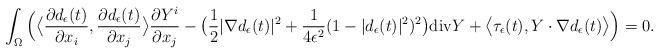
LaTeX: \begin{align*}\int_\Omega \Big(\big\langle \frac{\partial d_\epsilon(t)}{\partial x_i},\frac{\partial d_\epsilon(t)}{\partial x_j}\big\rangle \frac{\partial Y^i}{\partial x_j}-\big(\frac12|\nabla d_\epsilon(t)|^2+\frac{1}{4\epsilon^2}(1-|d_\epsilon(t)|^2)^2\big){\rm{div}}Y+\big\langle \tau_\epsilon(t), Y\cdot\nabla d_\epsilon(t)\big\rangle\Big)=0.\end{align*}